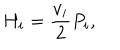
H _ { i } = \frac { v _ { i } } { 2 } P _ { i } ,